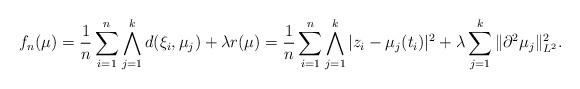
LaTeX: \begin{align*} f_n(\mu) = \frac{1}{n}\sum_{i=1}^n \bigwedge_{j=1}^k d(\xi_i,\mu_j) + \lambda r(\mu) = \frac{1}{n}\sum_{i=1}^n \bigwedge_{j=1}^k |z_i-\mu_j(t_i) |^2 + \lambda \sum_{j=1}^k \| \partial^2\mu_j\|_{L^2}^2.\end{align*}